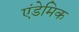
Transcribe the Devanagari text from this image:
एंडेमिक